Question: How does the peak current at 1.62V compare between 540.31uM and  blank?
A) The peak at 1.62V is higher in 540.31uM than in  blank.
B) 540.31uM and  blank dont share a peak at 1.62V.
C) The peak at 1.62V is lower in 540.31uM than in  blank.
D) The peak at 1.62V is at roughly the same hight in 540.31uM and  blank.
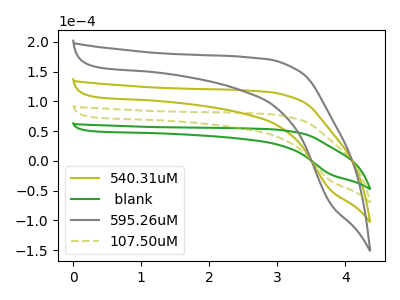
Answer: <think>The olive curve "540.31uM" has no peaks. The green curve " blank" has no peaks. The gray curve "595.26uM" has no peaks. The olive dashed curve "107.50uM" has no peaks.</think>
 <answer>B) "540.31uM" and " blank" dont share a peak at 1.62V.</answer>
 <eval>B</eval>